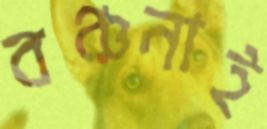
বঞ্চনাই